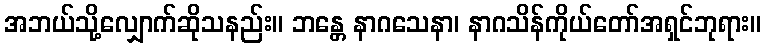
အဘယ်သို့လျှောက်ဆိုသနည်း။ ဘန္တေ နာဂသေနာ၊ နာဂသိန်ကိုယ်တော်အရှင်ဘုရား။